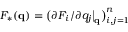
\textstyle F _ { * } ( \mathbf { q } ) = { \bigl ( } \partial F _ { i } / \partial q _ { j } { \bigl | } _ { \mathbf { q } } { \bigr ) } _ { i , j = 1 } ^ { n }